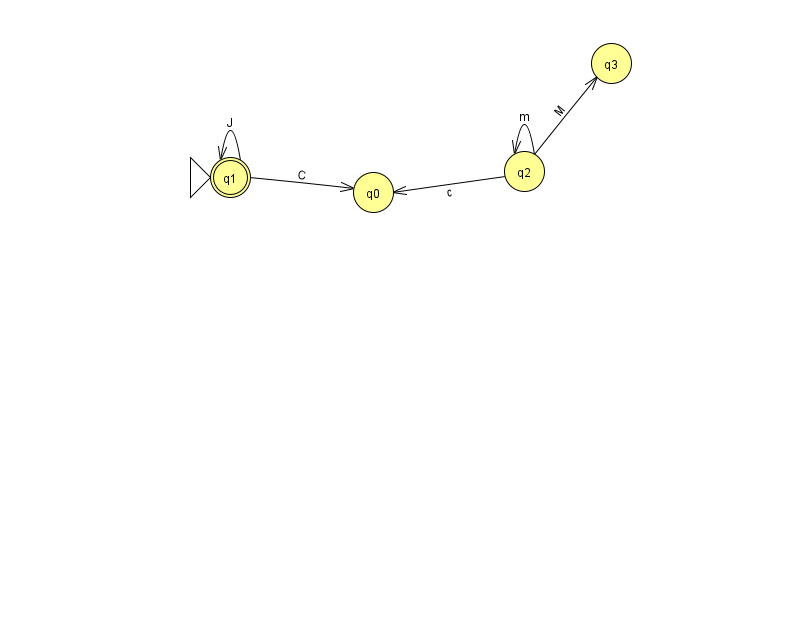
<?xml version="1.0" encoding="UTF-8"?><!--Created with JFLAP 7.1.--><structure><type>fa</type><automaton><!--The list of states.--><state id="0" name="q0"><x>373.0</x><y>179.0</y></state><state id="1" name="q1"><x>230.0</x><y>164.0</y><initial/><final/></state><state id="2" name="q2"><x>524.0</x><y>158.0</y></state><state id="3" name="q3"><x>611.0</x><y>50.0</y></state><!--The list of transitions.--><transition><from>1</from><to>0</to><read>C</read></transition><transition><from>1</from><to>1</to><read>J</read></transition><transition><from>2</from><to>3</to><read>M</read></transition><transition><from>2</from><to>2</to><read>m</read></transition><transition><from>2</from><to>0</to><read>c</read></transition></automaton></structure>